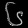
Digit: ၆